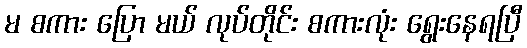
မ စကား ပြော မယ် လုပ်တိုင်း စကားလုံး ရွေးနေရပြီ